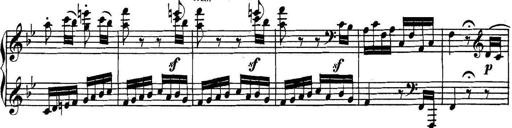
Title: Collected Piano Sonatas
Composer: Muzio Clementi